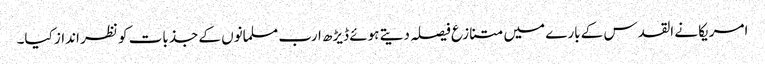
امریکا نے القدس کے بارے میں متنازع فیصلہ دیتے ہوئے ڈیڑھ ارب مسلمانوں کے جذبات کو نظر انداز کیا۔